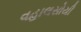
વહાલસોયી